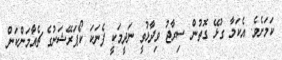
ކަމަށެވެ. އެކަމާ ގުޅޭ ގޮތުން ސިރާޖު ވިދާޅުވީ ނަދީމަކީ ފެނަކަ ކޯޕަރޭޝަނުގެ ޗެއާމަންކަން